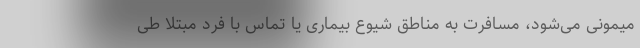
میمونی می‌شود، مسافرت به مناطق شیوع بیماری یا تماس با فرد مبتلا طی